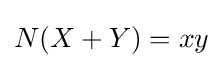
N(X+Y)=xy